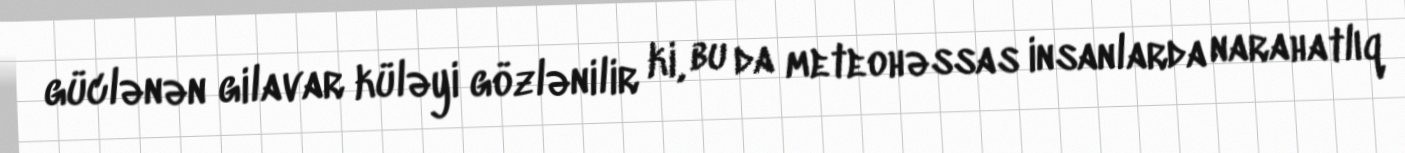
güclənən gilavar küləyi gözlənilir ki, bu da meteohəssas insanlarda narahatlıq